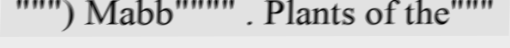
""") Mabb"""" . Plants of the"""